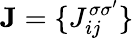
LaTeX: {\mathbf J}=\{ J_{ij}^{\sigma\sigma^{\prime}}\}